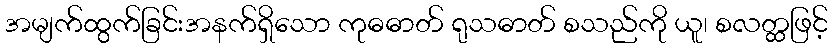
အမျက်ထွက်ခြင်းအနက်ရှိသော ကုဓဓာတ် ရုသဓာတ် စသည်ကို ယူ၊ စလတ္ထဖြင့်